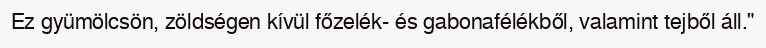
Ez gyümölcsön, zöldségen kívül főzelék- és gabonafélékből, valamint tejből áll."